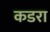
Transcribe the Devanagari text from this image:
कडरा